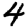
Digit: 4